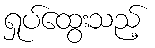
ရှုပ်ထွေးသည့်